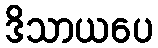
ဒိသာယပေ